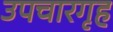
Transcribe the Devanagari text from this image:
उपचारगृह